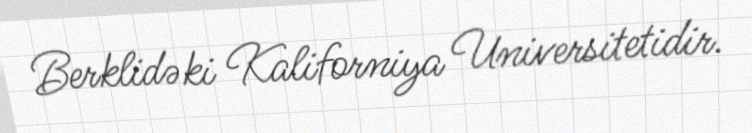
Berklidəki Kaliforniya Universitetidir.